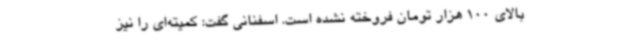
بالای 100 هزار تومان فروخته نشده است. اسفنانی گفت: کمیته‌ای را نیز